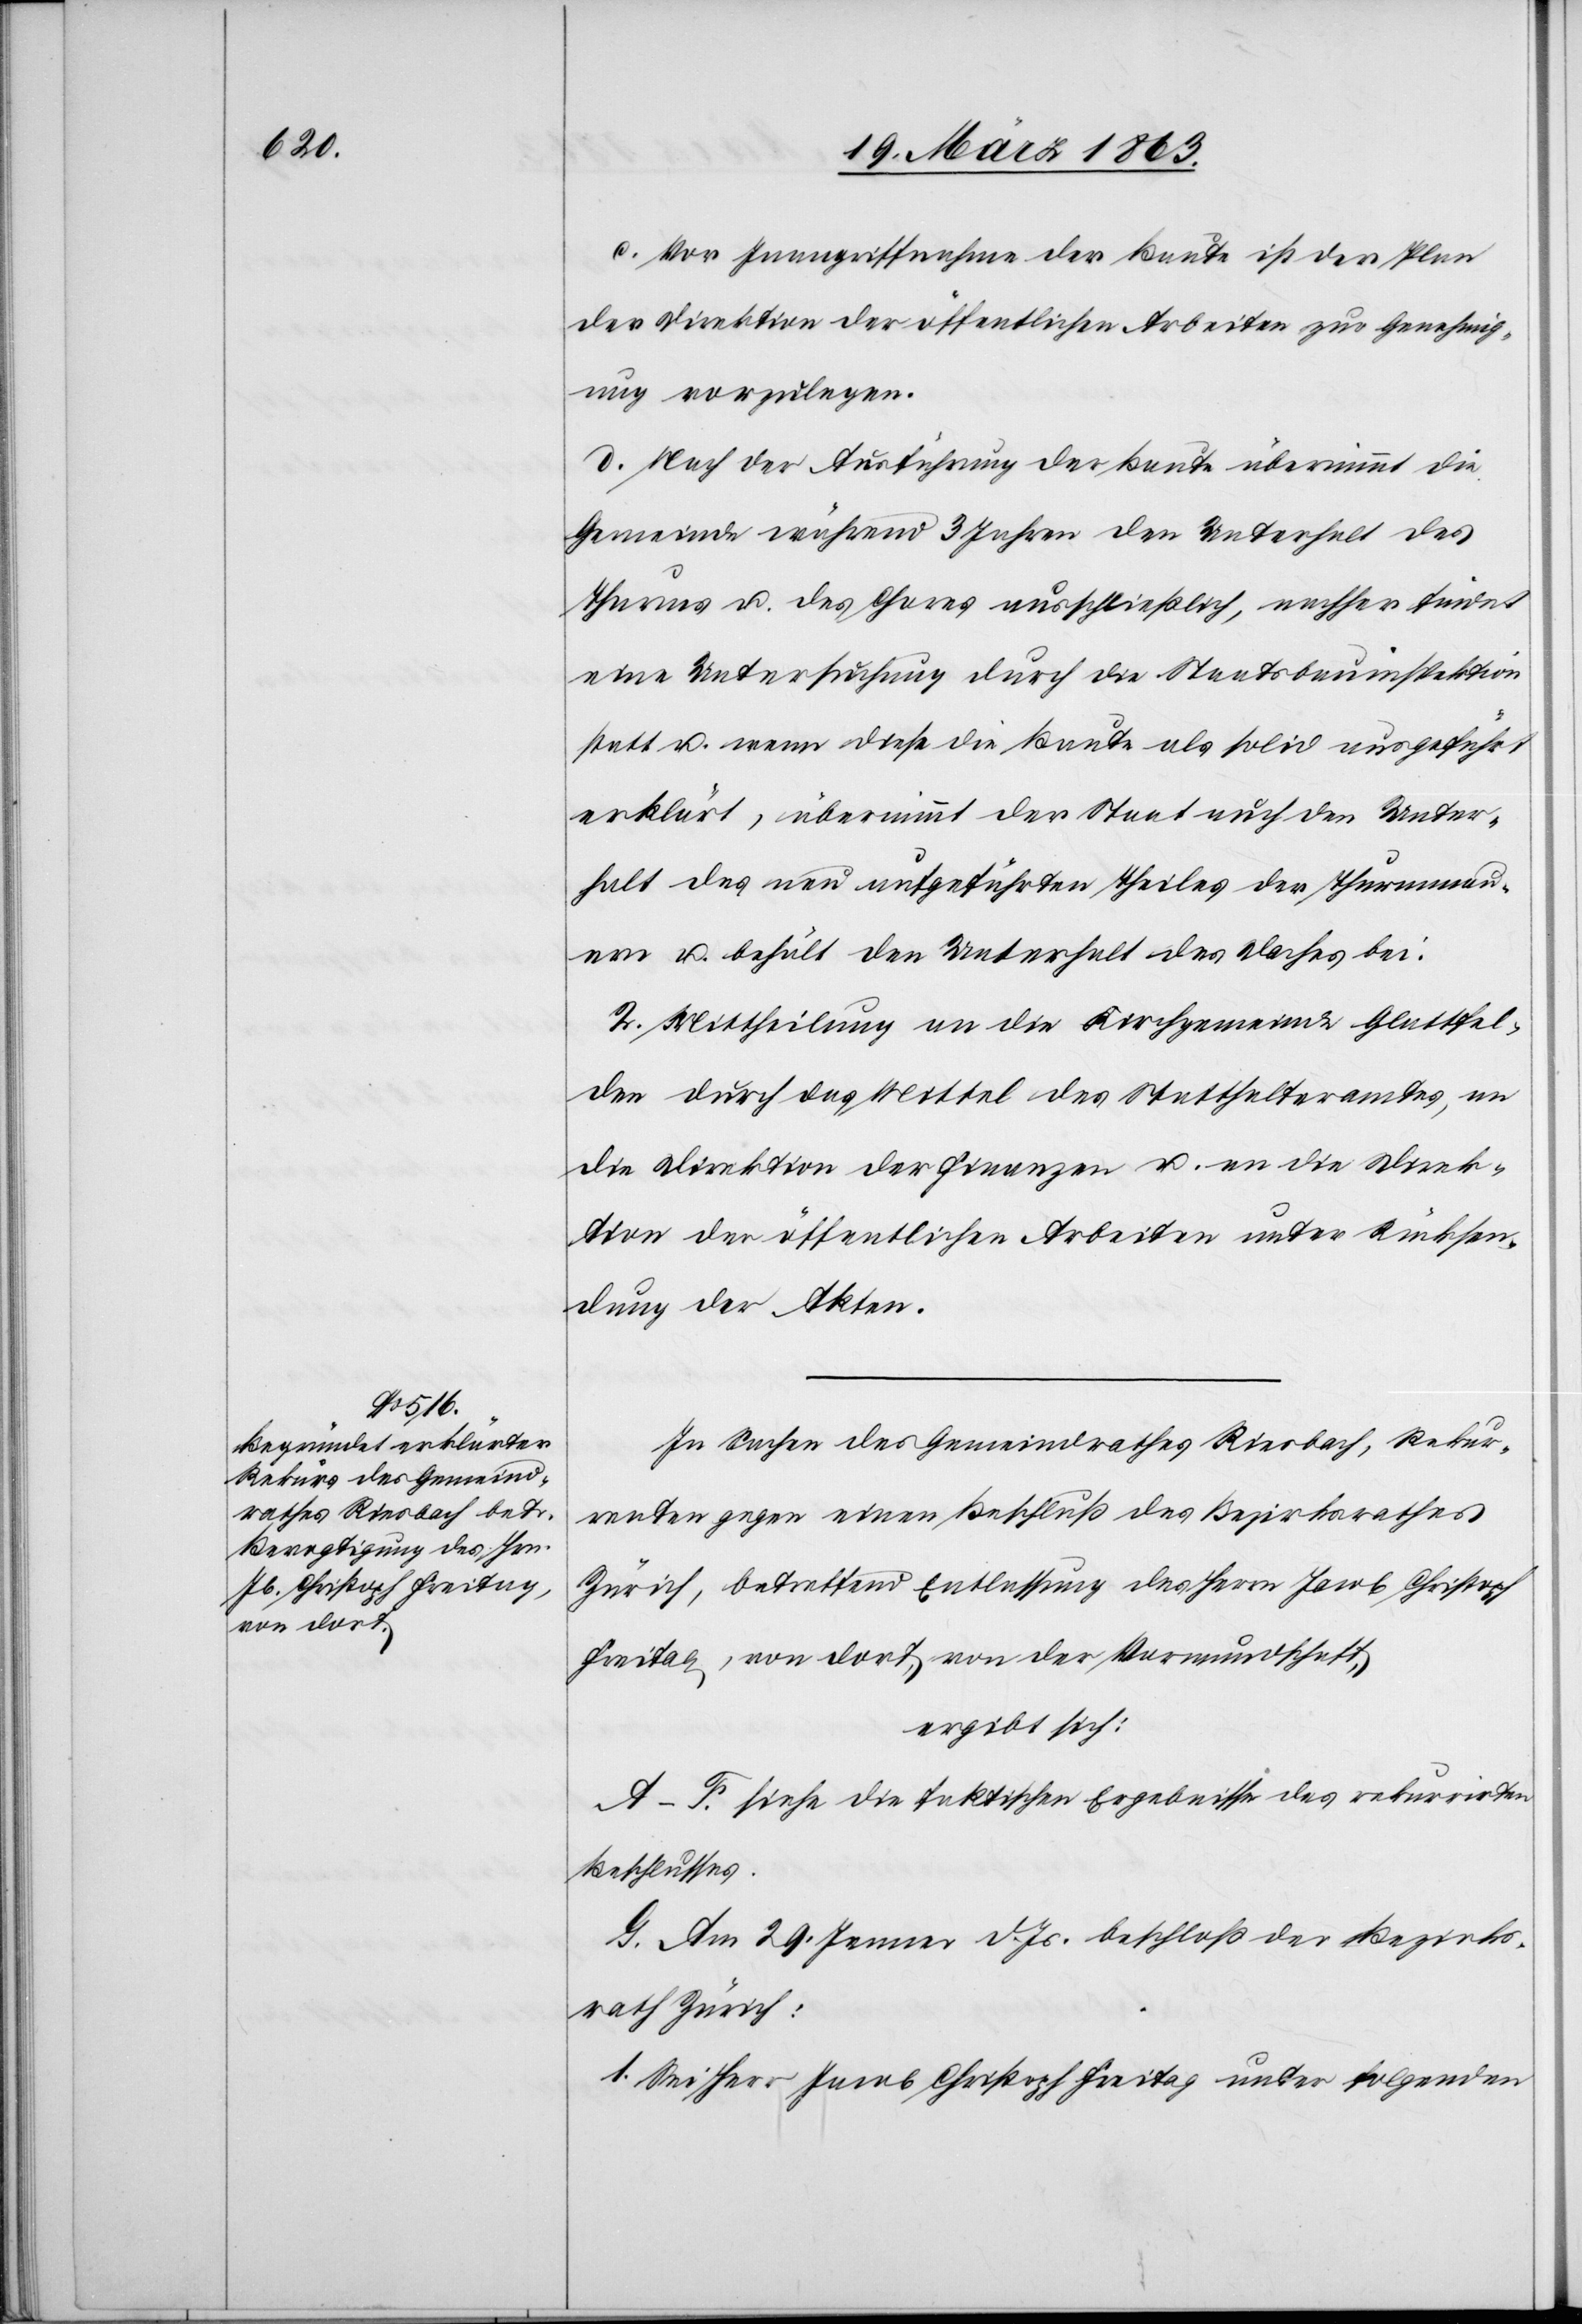
c. Vor Inangriffnahme der Baute ist der Plan
der Direktion der öffentlichen Arbeiten zur Genehmig¬
ung vorzulegen.
d. Nach der Ausführung der Baute übernimmt die
Gemeinde während 3 Jahren den Unterhalt des
Thurms u. des Chores ausschließlich, nachher findet
eine Untersuchung durch die Staatsbauinspektion
statt u. wenn diese die Baute als solid ausgeführt
erklärt, übernimmt der Staat auch den Unter¬
halt des neu aufgeführten Theiles der Thurmmau¬
ern u. behält den Unterhalt des Daches bei.
2. Mittheilung an die Kirchgemeinde Glattfel¬
den durch das Mittel des Statthalteramtes, an
die Direktion der Finanzen u. an die Direk¬
tion der öffentlichen Arbeiten unter Rücksen¬
dung der Akten.
In Sachen des Gemeindrathes Riesbach, Rekur¬
renten gegen einen Beschluß des Bezirksrathes
Zürich, betreffend Entlassung des Herrn Jacob Christoph
Freitag, von dort, von der Vormundschaft,
ergibt sich:
A–F. siehe die faktischen Ergebnisse des rekurrirten
Beschlusses.
G. Am 29. Jenner d. Js. beschloß der Bezirks¬
rath Zürich:
1. Sei Herr Jacob Christoph Freitag unter folgenden